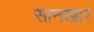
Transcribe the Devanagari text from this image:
सानखार